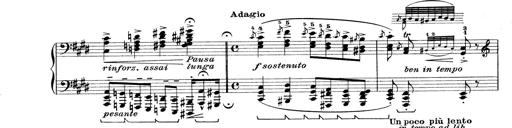
Title: Rapsodie: 19 ungheresi, 1 spagnuola
Composer: Franz Liszt